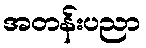
အတန်းပညာ